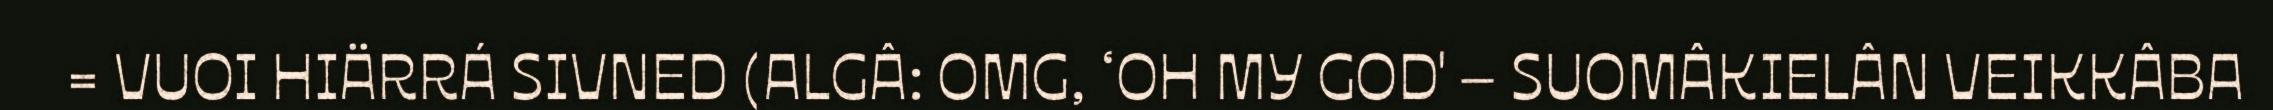
= VUOI HIÄRRÁ SIVNED (ALGÂ: OMG, ‘OH MY GOD' – SUOMÂKIELÂN VEIKKÂBA